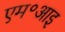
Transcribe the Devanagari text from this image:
एम॰आइ